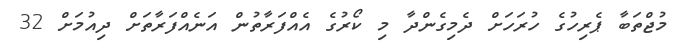
މުޖްތަބާ ޕެރިހުގެ ހުރަހަށް ދެމިގެންދާ މި ކޯރުގެ އެއްފަރާތުން އަނެއްފަރާތަށް ދިއުމަށް 32